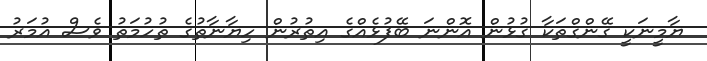
ޔާމީނަކީ ގޭންގްތަކާ ގުޅުން އޮންނަ ބޭފުޅެއްގެ އިތުރުން ހިޔާނާތުގެ ތުހުމަތު ވެސް އުމަރު